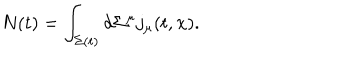
N ( t ) = \int _ { \Sigma ( t ) } d \Sigma ^ { \mu } j _ { \mu } ( t , { \bf x } ) .